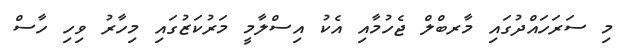
މި ސަރަހައްދުގައި މާރބްލް ޖެހުމާއި އެކު އިސްލާމީ މަރުކަޒުގައި މިހާރު ވިހި ހާސް